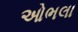
ઓભલા